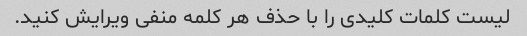
لیست کلمات کلیدی را با حذف هر کلمه منفی ویرایش کنید.